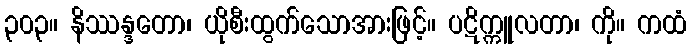
၃၀၃။ နိဿန္ဒတော၊ ယိုစီးထွက်သောအားဖြင့်။ ပဋိက္ကူလတာ၊ ကို။ ကထံ